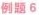
例题6